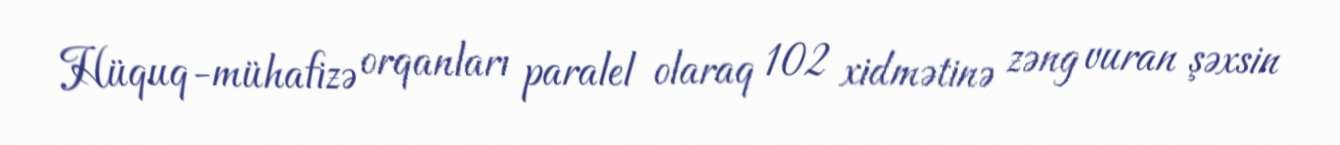
Hüquq-mühafizə orqanları paralel olaraq 102 xidmətinə zəng vuran şəxsin